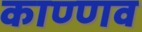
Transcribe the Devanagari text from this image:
काण्णव